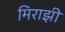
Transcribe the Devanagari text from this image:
मिराझी